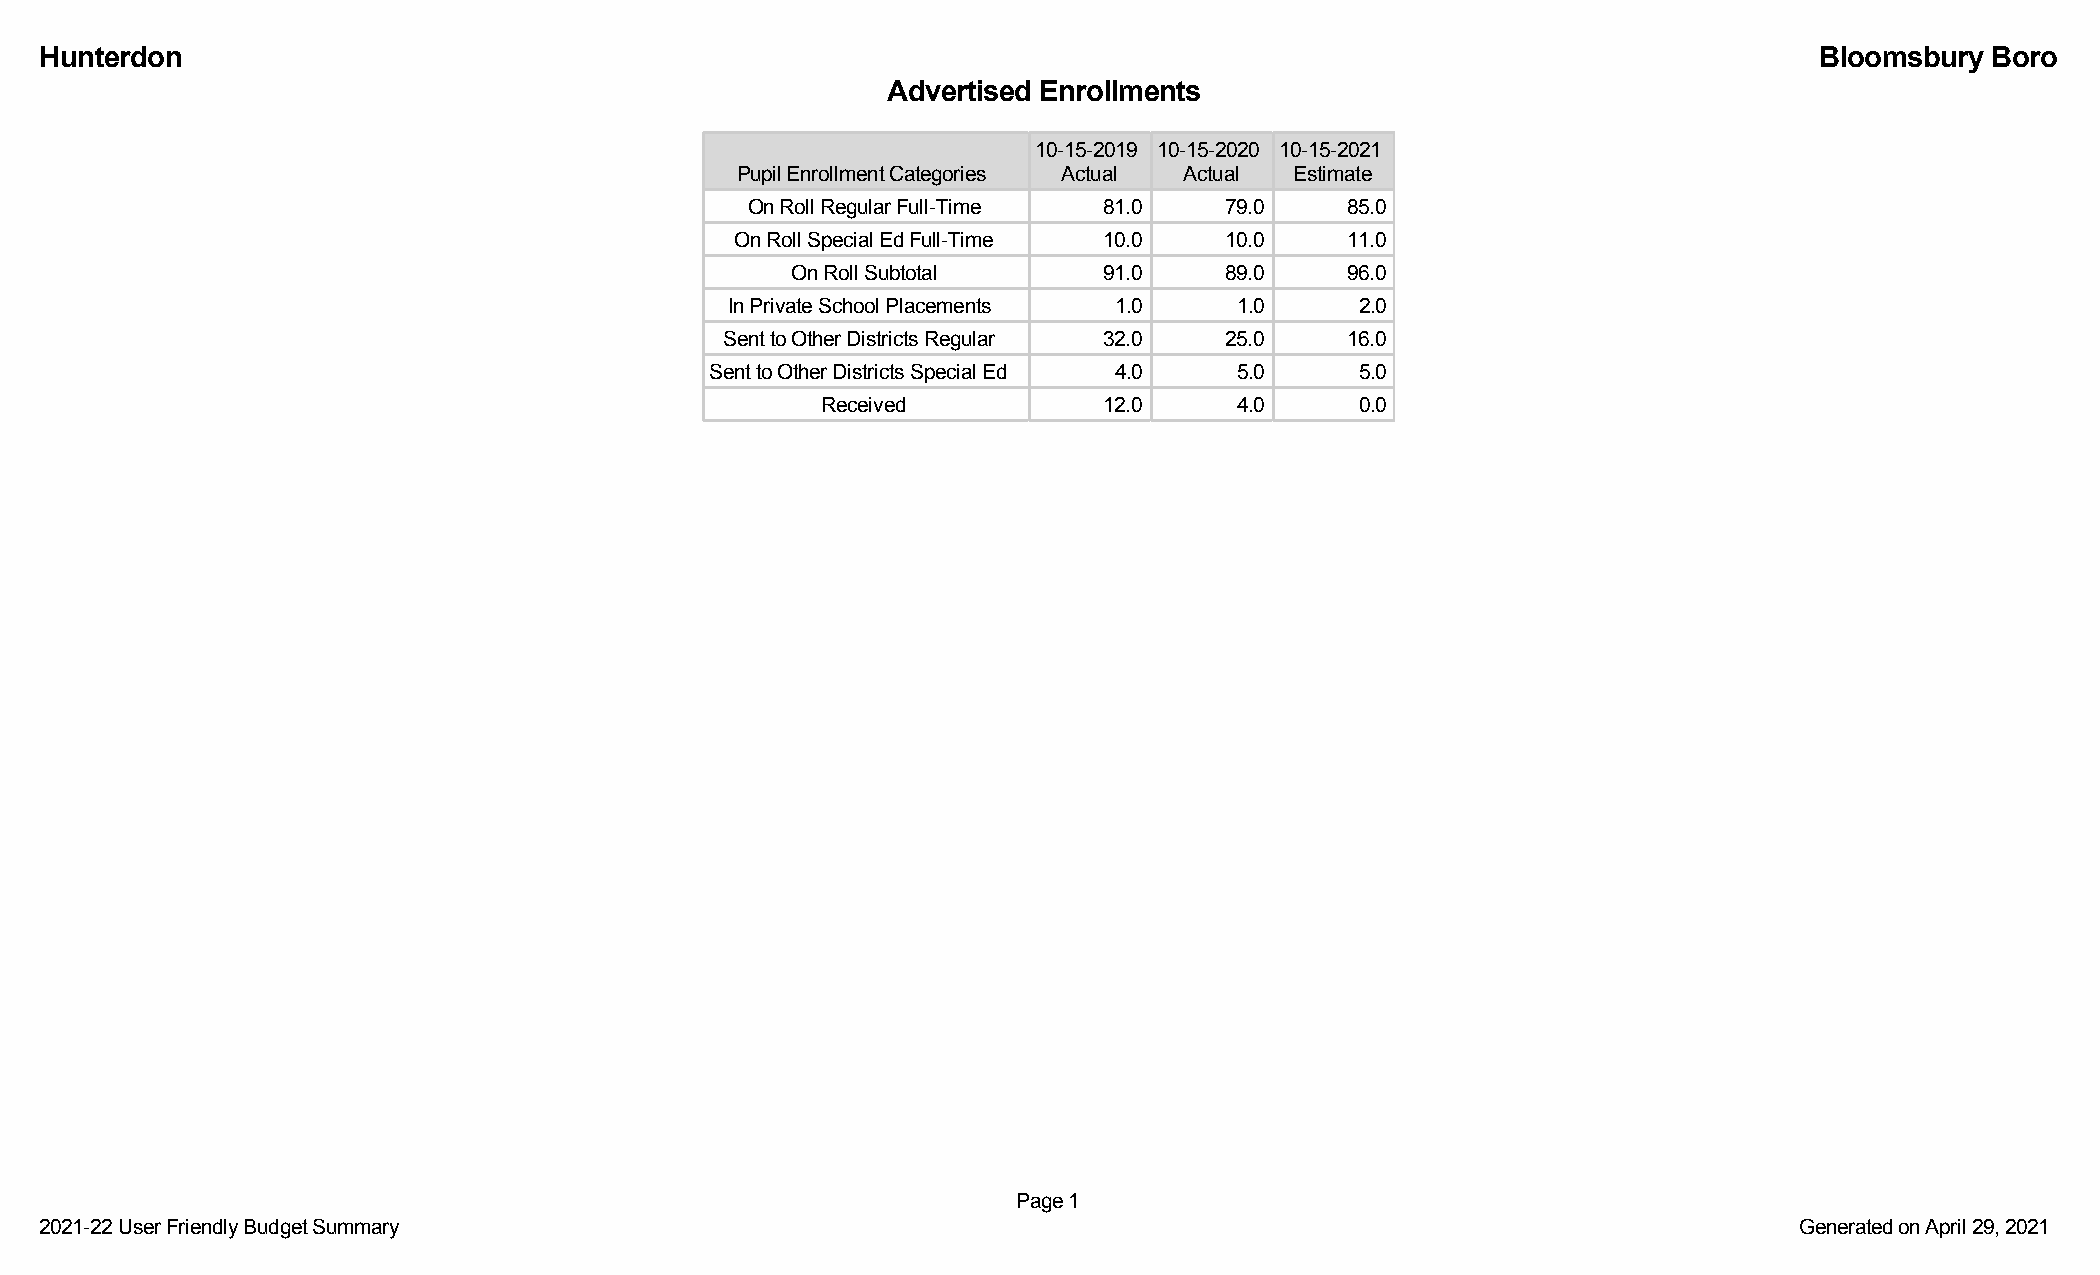
Hunterdon                                                                                                            Bloomsbury  Boro
 Advertised Enrollments
 10-15-2019 10-15-2020 10-15-2021
 Pupil Enrollment Categories Actual Actual Estimate
 On Roll Regular Full-Time 81.0 79.0    85.0
 On Roll Special Ed Full-Time 10.0 10.0  11.0
 On Roll Subtotal     91.0    89.0    96.0
 In Private School Placements 1.0  1.0     2.0
 Sent to Other Districts Regular 32.0 25.0 16.0
 Sent to Other Districts Special Ed 4.0 5.0 5.0
 Received           12.0     4.0     0.0
 Page 1
 2021-22 User Friendly Budget Summary                                                                                Generated on April 29, 2021